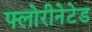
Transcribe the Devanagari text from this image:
फ्लोरीनेटेड